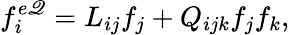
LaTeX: f_{i}^{e\mathscr{Q}}=L_{ij}f_{j}+Q_{ijk}f_{j}f_{k},